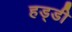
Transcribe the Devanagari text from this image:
हड्‍डी